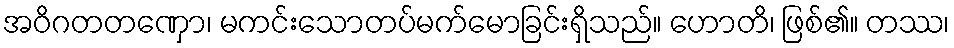
အဝိဂတတဏှော၊ မကင်းသောတပ်မက်မောခြင်းရှိသည်။ ဟောတိ၊ ဖြစ်၏။ တဿ၊